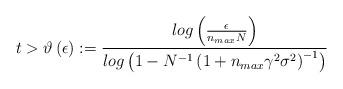
LaTeX: \begin{align*}t>\vartheta\left(\epsilon\right):=\frac{log\left(\frac{\epsilon}{n_{max}N}\right)}{log\left(1-N^{-1}\left(1+n_{max}\gamma^{2}\sigma^{2}\right)^{-1}\right)}\end{align*}